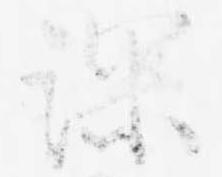
深